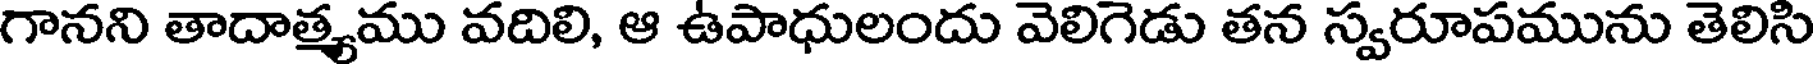
గానని తాదాత్యము వదిలి, ఆ ఉపాధులందు వెలిగెడు తన స్వరూపమును తెలిసి